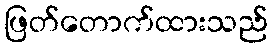
ဖြတ်တောက်ထားသည်